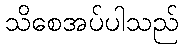
သိစေအပ်ပါသည်